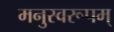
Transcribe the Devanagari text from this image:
मनुस्वरूपम्